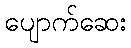
ပျောက်ဆေး